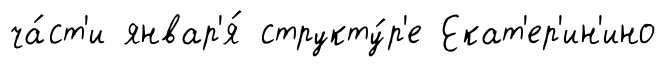
ча́ст'и январ'я́ структу́р'е Екат'ер'ин'ино